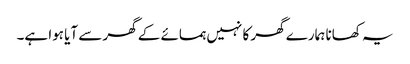
یہ کھانا ہمارے گھر کا نہیں ہمسائے کے گھر سے آیا ہوا ہے۔